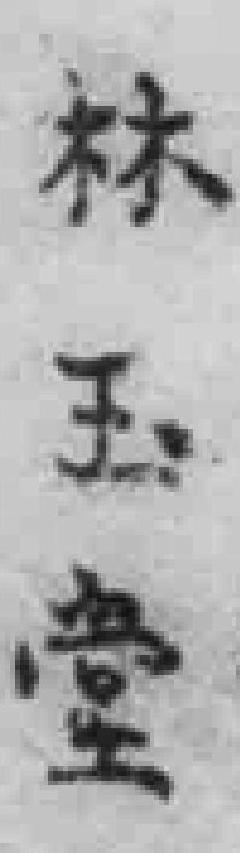
林玉堂